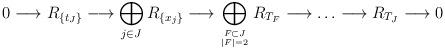
LaTeX: \begin{align*}0\longrightarrow R_{\{t_J\}}\longrightarrow\bigoplus_{j\in {J}}R_{\{x_j\}}\longrightarrow \bigoplus_{F\subset J\atop |F|=2}R_{T_F}\longrightarrow\ldots\longrightarrow R_{T_{J}}\longrightarrow0\end{align*}